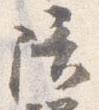
陪